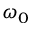
\omega _ { 0 }